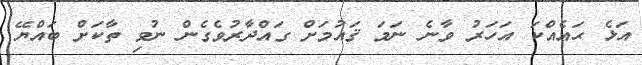
އަޅެ ޙައެއްކަ އަހަރު ވާނެ ނަމަ ޤައުމަށް ގައްދާރުވެގެން ނުވި ތާކަށް ބައްޔޭ